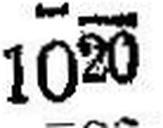
1020